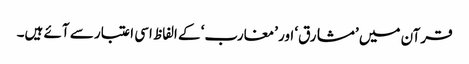
قرآن میں ’مشارق‘ اور ’مغارب‘ کے الفاظ اسی اعتبار سے آئے ہیں۔